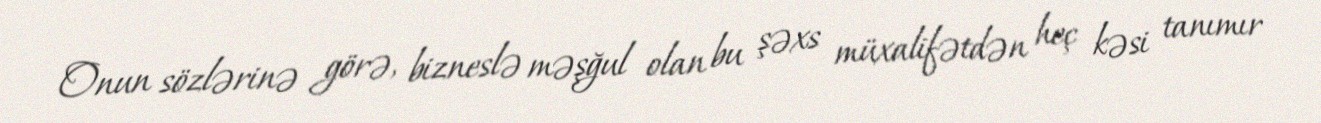
Onun sözlərinə görə, bizneslə məşğul olan bu şəxs müxalifətdən heç kəsi tanımır